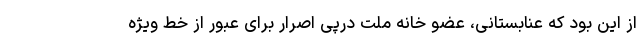
از این بود که عنابستانی، عضو خانه ملت درپی اصرار برای عبور از خط ویژه